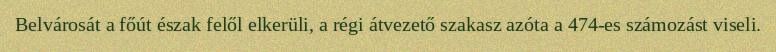
Belvárosát a főút észak felől elkerüli, a régi átvezető szakasz azóta a 474-es számozást viseli.